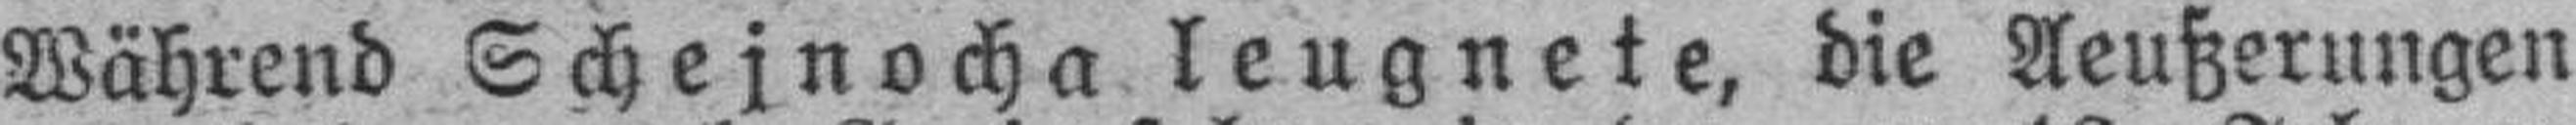
Während Schejnocha leugnete, die Aeußerungen